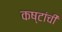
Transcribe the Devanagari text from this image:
कष्टांची